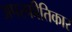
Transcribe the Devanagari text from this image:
अपस्फीतिकार